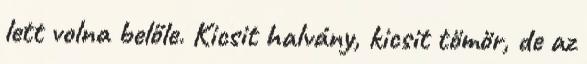
lett volna belőle. Kicsit halvány, kicsit tömör, de az